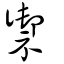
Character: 禦